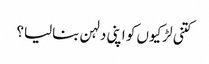
کتنی لڑکیوں کو اپنی دلہن بنالیا؟